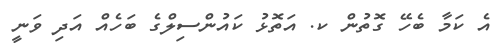
އެ ކަމާ ބެހޭ ގޮތުން ކ. އަތޮޅު ކައުންސިލްގެ ބަހެއް އަދި ވަނީ